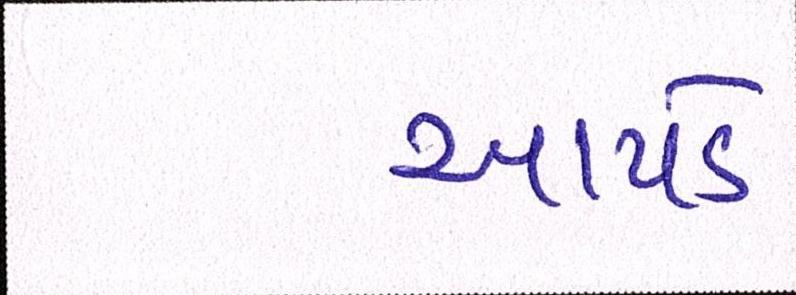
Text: આપડે